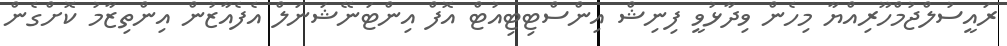
ރައީސުލްޖުމްހޫރިއްޔާ މިހެން ވިދާޅުވީ ފިނިޝް އިންސްޓިޓިއުޓް އޮފް އިންޓަނޭޝަނަލް އެފެއާޒުން އިންތިޒާމު ކޮށްގެން